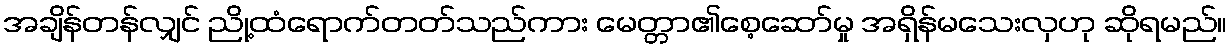
အချိန်တန်လျှင် ညို့ထံရောက်တတ်သည်ကား မေတ္တာ၏စေ့ဆော်မှု အရှိန်မသေးလှဟု ဆိုရမည်။